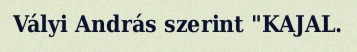
Vályi András szerint "KAJAL.